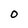
Character: O